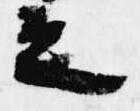
之